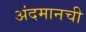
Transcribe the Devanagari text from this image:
अंदमानची